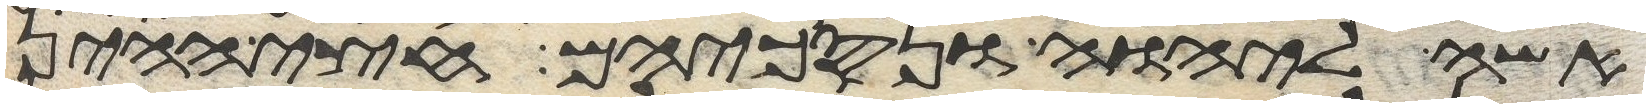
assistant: אשה ליהוה ונסכיהם חצי ההין